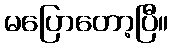
မပြောတော့ပြီ။